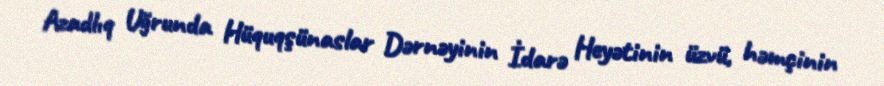
Azadlıq Uğrunda Hüquqşünaslar Dərnəyinin İdarə Heyətinin üzvü, həmçinin